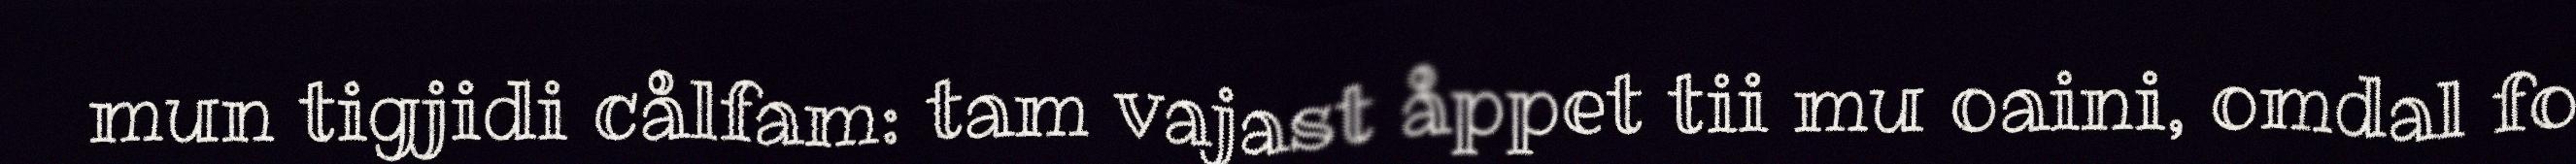
mun tigjidi cålfam: tam vajast åppet tii mu oaini, omdal fo